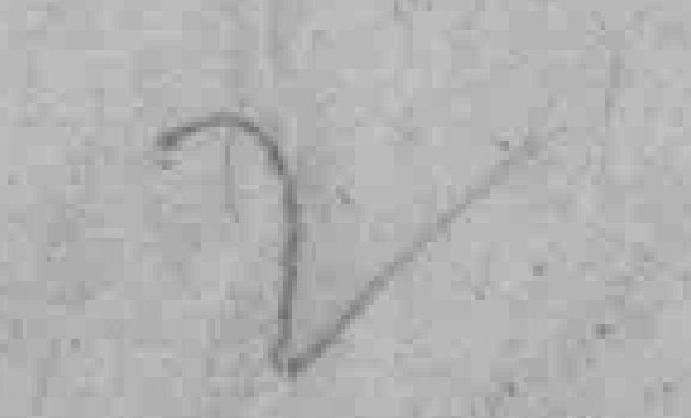
2